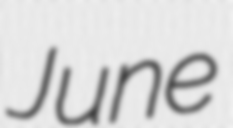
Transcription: June